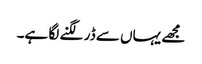
مجھے یہاں سے ڈر لگنے لگا ہے۔